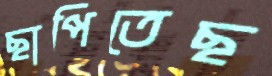
ছাপিতেছ